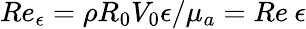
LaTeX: Re_{\epsilon}={\rho}R_{0}V_{0}{\epsilon}/{\mu}_{a}=Re{\: }{\epsilon}